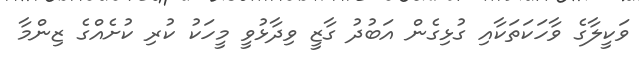
ވަކީލާގެ ވާހަކަތަކާއި ގުޅިގެން އަބުދު ގާޒީ ވިދާޅުވީ މީހަކު ކުރި ކުށެއްގެ ޒިންމާ